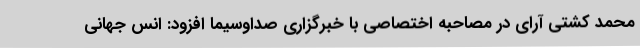
محمد کشتی آرای در مصاحبه اختصاصی با خبرگزاری صداوسیما افزود: انس جهانی